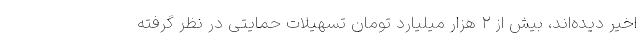
اخیر دیده‌اند، بیش از ۲ هزار میلیارد تومان تسهیلات حمایتی در نظر گرفته